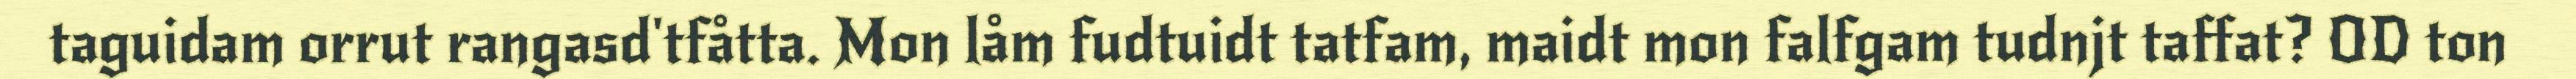
taguidam orrut rangasd'tfåtta. Mon låm fudtuidt tatfam, maidt mon falfgam tudnjt taffat? OD ton